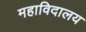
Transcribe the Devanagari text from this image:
महाविदालय